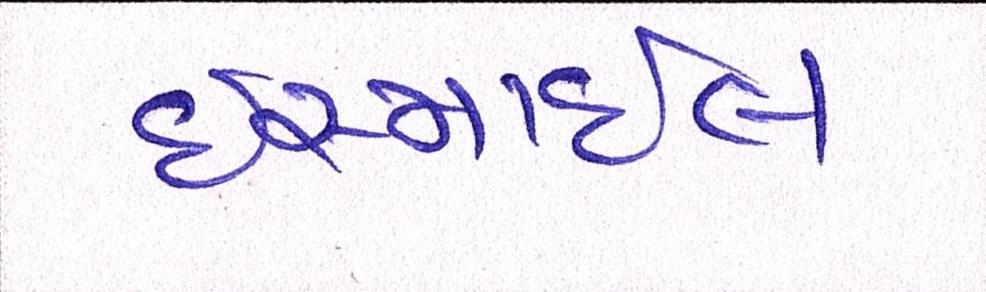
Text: ઈસ્માઈલ